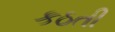
કઠતી